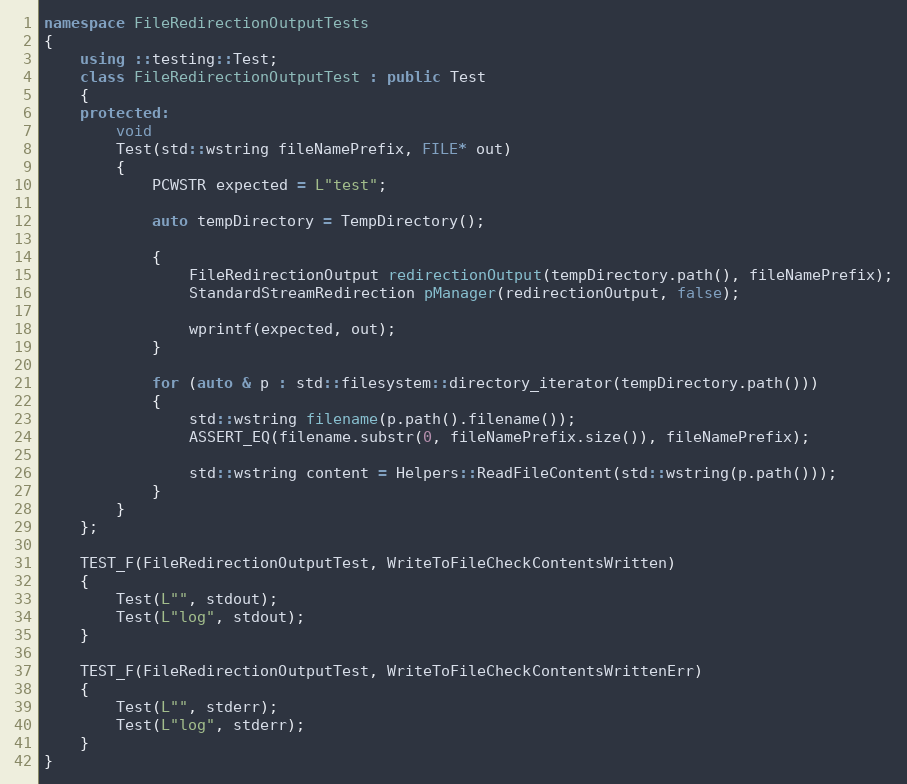
Language: C++
namespace FileRedirectionOutputTests
{
    using ::testing::Test;
    class FileRedirectionOutputTest : public Test
    {
    protected:
        void
        Test(std::wstring fileNamePrefix, FILE* out)
        {
            PCWSTR expected = L"test";

            auto tempDirectory = TempDirectory();

            {
                FileRedirectionOutput redirectionOutput(tempDirectory.path(), fileNamePrefix);
                StandardStreamRedirection pManager(redirectionOutput, false);

                wprintf(expected, out);
            }

            for (auto & p : std::filesystem::directory_iterator(tempDirectory.path()))
            {
                std::wstring filename(p.path().filename());
                ASSERT_EQ(filename.substr(0, fileNamePrefix.size()), fileNamePrefix);

                std::wstring content = Helpers::ReadFileContent(std::wstring(p.path()));
            }
        }
    };

    TEST_F(FileRedirectionOutputTest, WriteToFileCheckContentsWritten)
    {
        Test(L"", stdout);
        Test(L"log", stdout);
    }

    TEST_F(FileRedirectionOutputTest, WriteToFileCheckContentsWrittenErr)
    {
        Test(L"", stderr);
        Test(L"log", stderr);
    }
}